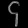
Digit: ၄